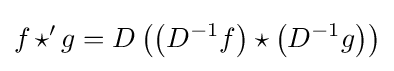
f\,{\star }'\,g=D\left(\left(D^{-1}f\right)\star \left(D^{-1}g\right)\right)